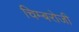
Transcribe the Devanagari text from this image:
चिम्बरोजी